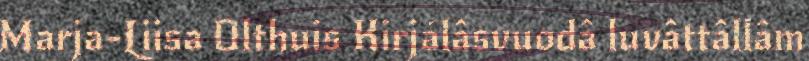
Marja-Liisa Olthuis Kirjálâsvuodâ luvâttâllâm